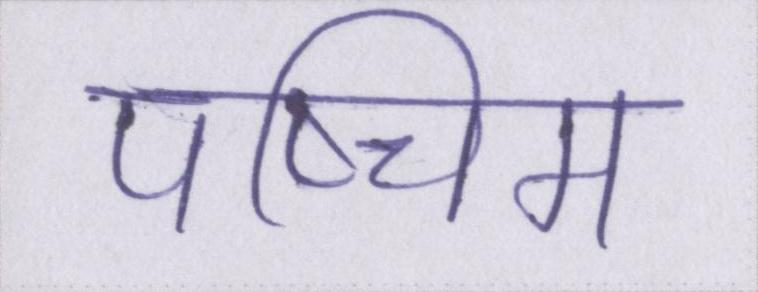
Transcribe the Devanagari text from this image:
पष्चिम